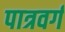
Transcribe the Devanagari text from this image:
पात्रवर्ग